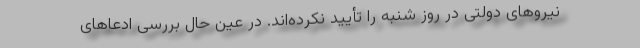
نیروهای دولتی در روز شنبه را تأیید نکرده‌اند. در عین حال بررسی ادعاهای